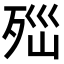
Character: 𣧽